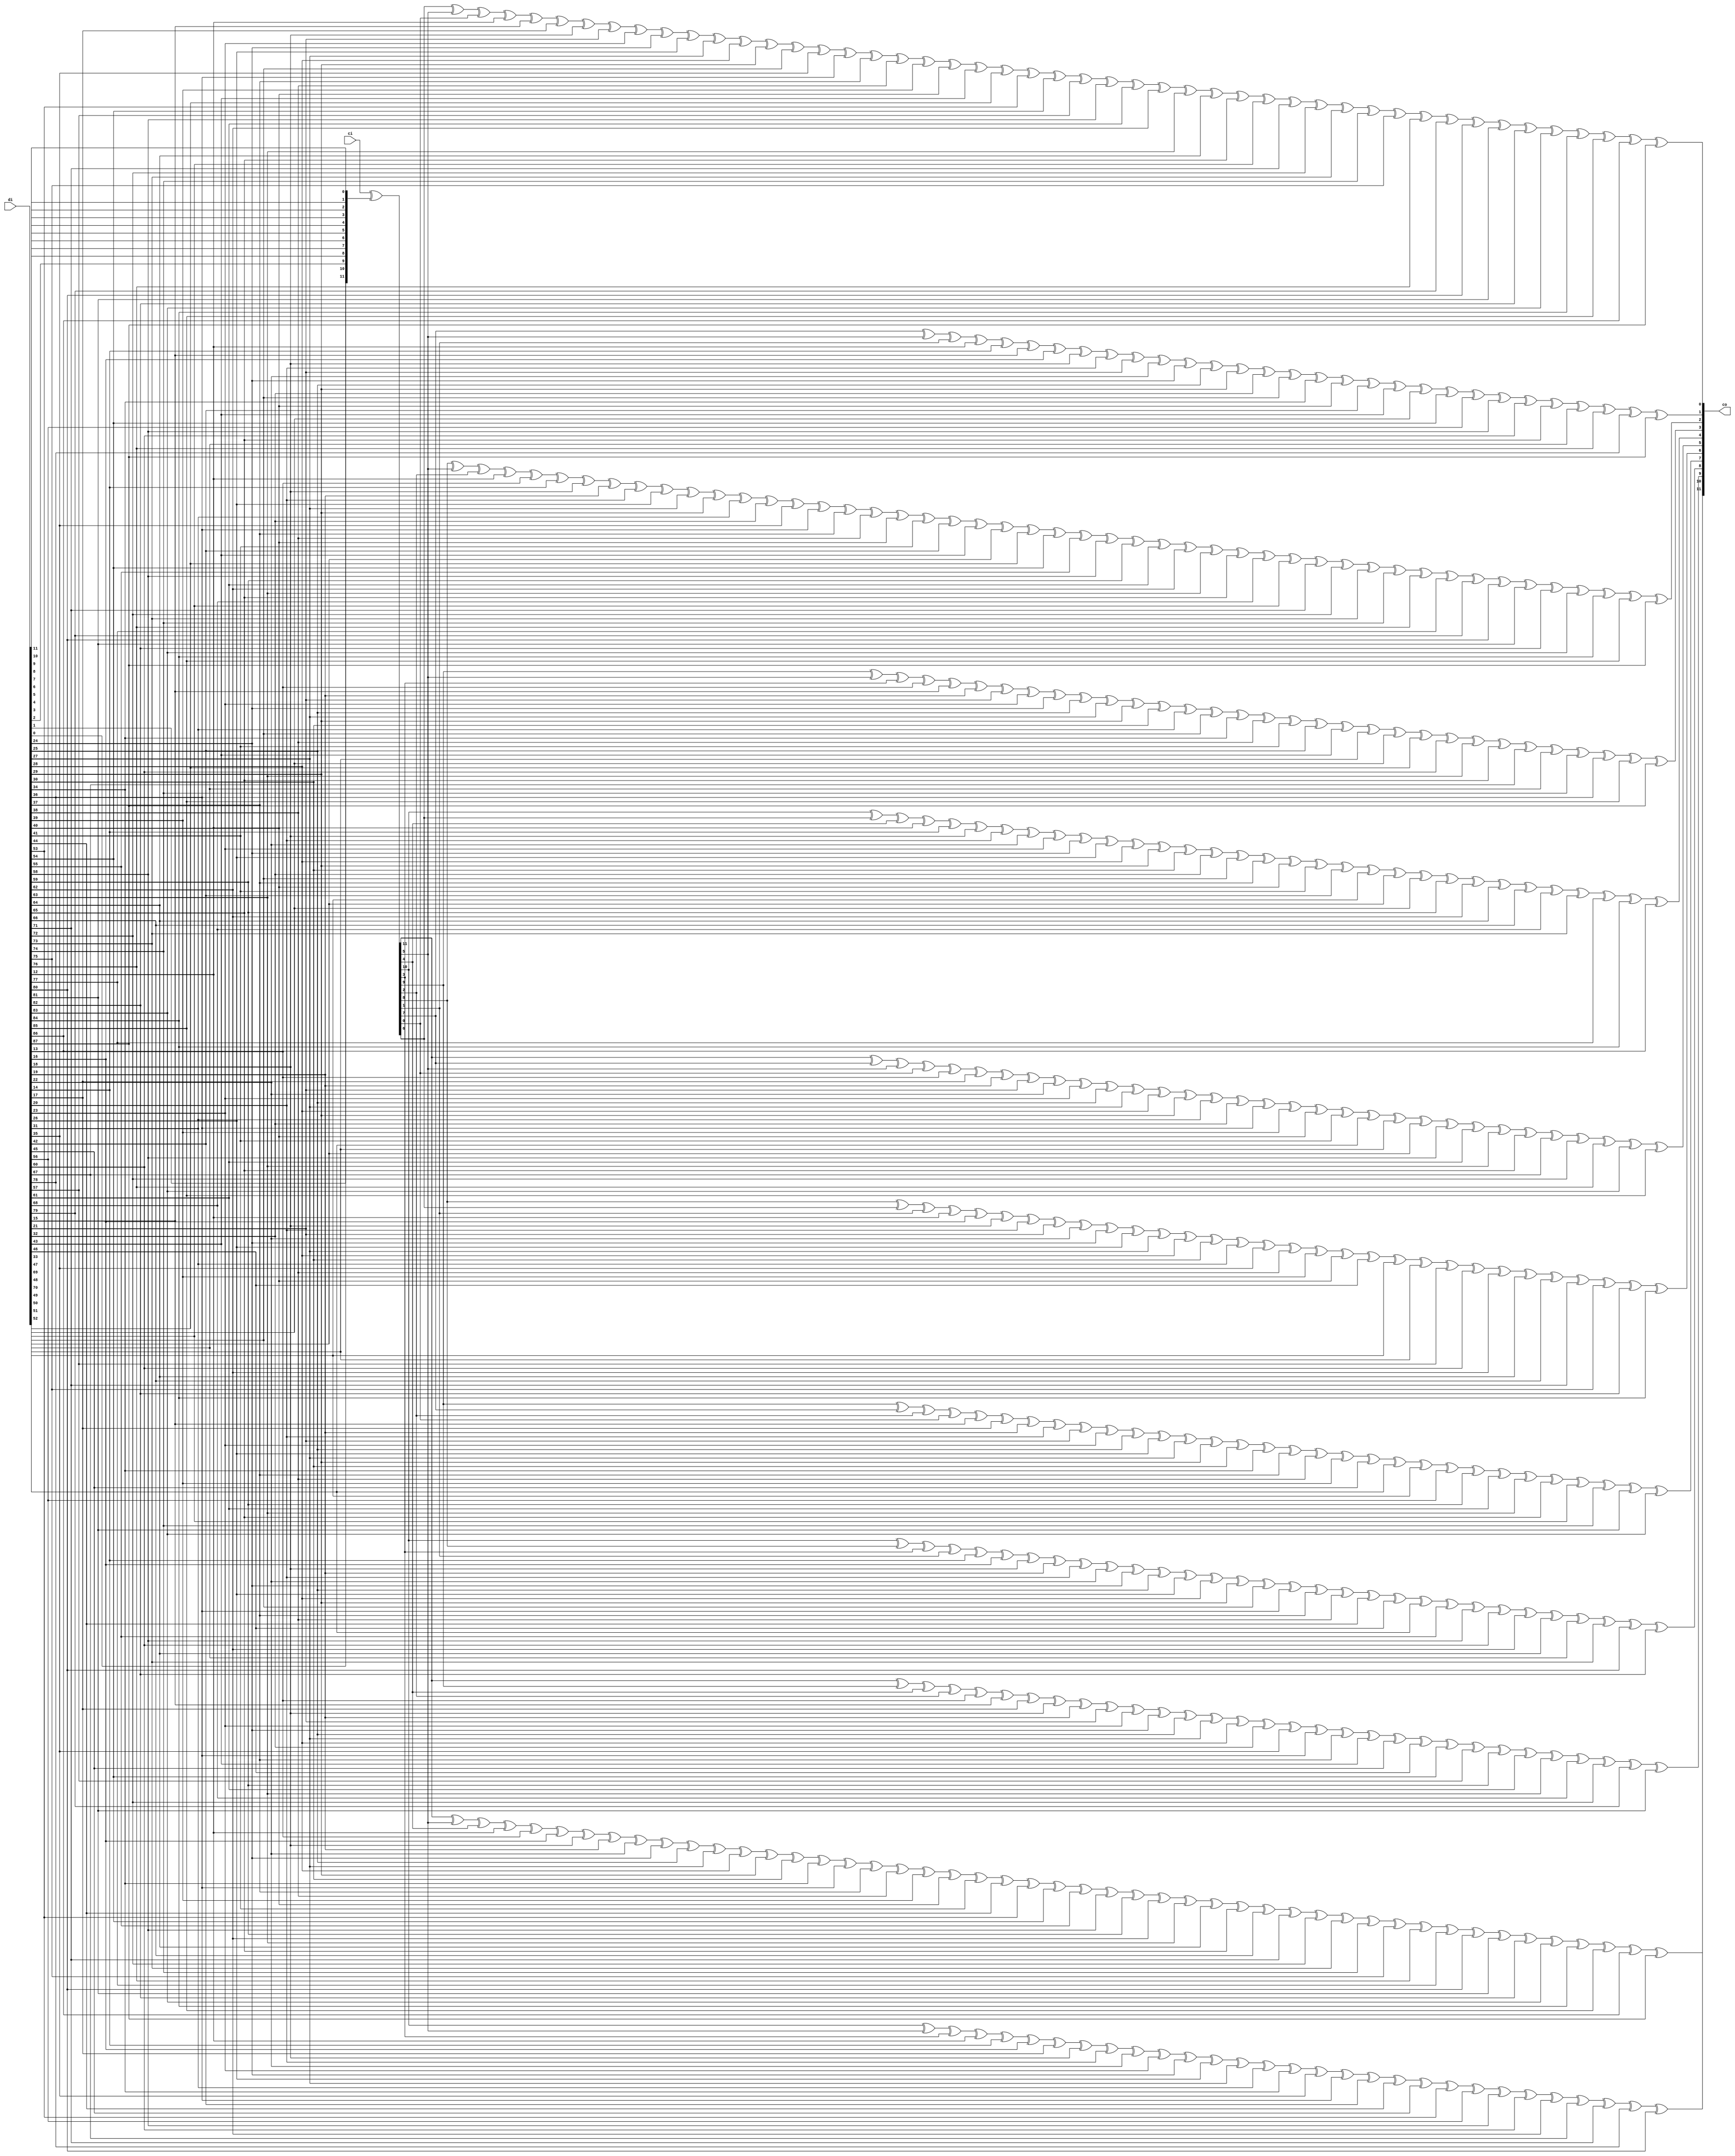
module ippcrc_crc12_88b
    (
     ci,
     di,

     co
     );

////////////////////////////////////////////////////////////////////////////////
// Port declarations
input [11:0]   ci;
input [87:0]   di;

output [11:0]  co;

////////////////////////////////////////////////////////////////////////////////
// Output declarations
wire [11:0]    co;

////////////////////////////////////////////////////////////////////////////////
// Parameter declarations

////////////////////////////////////////////////////////////////////////////////
// Local logic and instantiation
wire [11:0]     swdi;
assign          swdi =  {di[0],di[1],di[2],di[3],di[4],di[5],di[6],di[7],di[8],di[9],di[10],di[11]};

wire [11:0]     dx;
assign          dx   =  ci[11:0]^swdi[11:0];

assign          co[11]=dx[11]^dx[5]^dx[4]^
                di[12]^di[13]^di[16]^di[18]^di[19]^di[22]^di[24]^di[25]^di[27]^di[28]^di[29]^di[30]^di[34]^di[36]^di[37]^di[38]^di[39]^di[40]^di[41]^di[44]^di[53]^di[54]^di[55]^di[58]^di[59]^di[62]^di[63]^di[64]^di[65]^di[66]^di[71]^di[72]^di[73]^di[74]^di[75]^di[76]^di[77]^di[80]^di[81]^di[82]^di[83]^di[84]^di[85]^di[86]^di[87];

assign          co[10]=dx[10]^dx[5]^dx[3]^
                di[12]^di[14]^di[16]^di[17]^di[18]^di[20]^di[22]^di[23]^di[24]^di[26]^di[27]^di[31]^di[34]^di[35]^di[36]^di[42]^di[44]^di[45]^di[53]^di[56]^di[58]^di[60]^di[62]^di[67]^di[71]^di[78]^di[80];

assign          co[9]=dx[11]^dx[9]^dx[4]^dx[2]^
                di[13]^di[15]^di[17]^di[18]^di[19]^di[21]^di[23]^di[24]^di[25]^di[27]^di[28]^di[32]^di[35]^di[36]^di[37]^di[43]^di[45]^di[46]^di[54]^di[57]^di[59]^di[61]^di[63]^di[68]^di[72]^di[79]^di[81];

assign          co[8]=dx[10]^dx[8]^dx[3]^dx[1]^
                di[14]^di[16]^di[18]^di[19]^di[20]^di[22]^di[24]^di[25]^di[26]^di[28]^di[29]^di[33]^di[36]^di[37]^di[38]^di[44]^di[46]^di[47]^di[55]^di[58]^di[60]^di[62]^di[64]^di[69]^di[73]^di[80]^di[82];

assign          co[7]=dx[9]^dx[7]^dx[2]^dx[0]^
                di[15]^di[17]^di[19]^di[20]^di[21]^di[23]^di[25]^di[26]^di[27]^di[29]^di[30]^di[34]^di[37]^di[38]^di[39]^di[45]^di[47]^di[48]^di[56]^di[59]^di[61]^di[63]^di[65]^di[70]^di[74]^di[81]^di[83];

assign          co[6]=dx[8]^dx[6]^dx[1]^
                di[12]^di[16]^di[18]^di[20]^di[21]^di[22]^di[24]^di[26]^di[27]^di[28]^di[30]^di[31]^di[35]^di[38]^di[39]^di[40]^di[46]^di[48]^di[49]^di[57]^di[60]^di[62]^di[64]^di[66]^di[71]^di[75]^di[82]^di[84];

assign          co[5]=dx[11]^dx[7]^dx[5]^dx[0]^
                di[13]^di[17]^di[19]^di[21]^di[22]^di[23]^di[25]^di[27]^di[28]^di[29]^di[31]^di[32]^di[36]^di[39]^di[40]^di[41]^di[47]^di[49]^di[50]^di[58]^di[61]^di[63]^di[65]^di[67]^di[72]^di[76]^di[83]^di[85];

assign          co[4]=dx[10]^dx[6]^dx[4]^
                di[12]^di[14]^di[18]^di[20]^di[22]^di[23]^di[24]^di[26]^di[28]^di[29]^di[30]^di[32]^di[33]^di[37]^di[40]^di[41]^di[42]^di[48]^di[50]^di[51]^di[59]^di[62]^di[64]^di[66]^di[68]^di[73]^di[77]^di[84]^di[86];

assign          co[3]=dx[9]^dx[5]^dx[3]^
                di[13]^di[15]^di[19]^di[21]^di[23]^di[24]^di[25]^di[27]^di[29]^di[30]^di[31]^di[33]^di[34]^di[38]^di[41]^di[42]^di[43]^di[49]^di[51]^di[52]^di[60]^di[63]^di[65]^di[67]^di[69]^di[74]^di[78]^di[85]^di[87];

assign          co[2]=dx[8]^dx[5]^dx[2]^
                di[12]^di[13]^di[14]^di[18]^di[19]^di[20]^di[26]^di[27]^di[29]^di[31]^di[32]^di[35]^di[36]^di[37]^di[38]^di[40]^di[41]^di[42]^di[43]^di[50]^di[52]^di[54]^di[55]^di[58]^di[59]^di[61]^di[62]^di[63]^di[65]^di[68]^di[70]^di[71]^di[72]^di[73]^di[74]^di[76]^di[77]^di[79]^di[80]^di[81]^di[82]^di[83]^di[84]^di[85]^di[87];

assign          co[1]=dx[7]^dx[5]^dx[1]^
                di[12]^di[14]^di[15]^di[16]^di[18]^di[20]^di[21]^di[22]^di[24]^di[25]^di[29]^di[32]^di[33]^di[34]^di[40]^di[42]^di[43]^di[51]^di[54]^di[56]^di[58]^di[60]^di[65]^di[69]^di[76]^di[78]^di[87];

assign          co[0]=dx[6]^dx[5]^dx[0]^
                di[12]^di[15]^di[17]^di[18]^di[21]^di[23]^di[24]^di[26]^di[27]^di[28]^di[29]^di[33]^di[35]^di[36]^di[37]^di[38]^di[39]^di[40]^di[43]^di[52]^di[53]^di[54]^di[57]^di[58]^di[61]^di[62]^di[63]^di[64]^di[65]^di[70]^di[71]^di[72]^di[73]^di[74]^di[75]^di[76]^di[79]^di[80]^di[81]^di[82]^di[83]^di[84]^di[85]^di[86]^di[87];


endmodule